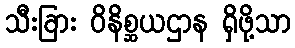
သီးခြား ဝိနိစ္ဆယဌာန ရှိဖို့သာ